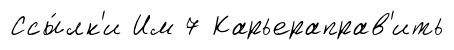
Ссы́лк'и Им 7 Карьераправ'ить